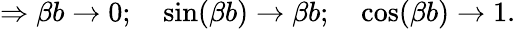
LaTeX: \Rightarrow\beta b\to 0;\quad\sin(\beta b)\to\beta b;\quad\cos(\beta b)\to 1.